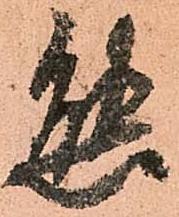
態